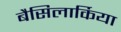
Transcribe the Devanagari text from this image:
बैसिलार्किया